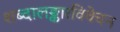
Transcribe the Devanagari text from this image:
शब्दालङ्कारविवेचन